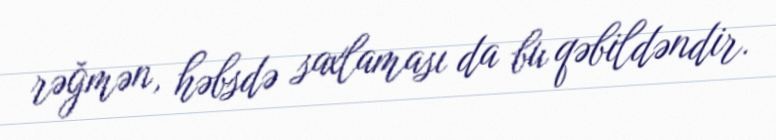
rəğmən, həbsdə saxlaması da bu qəbildəndir.